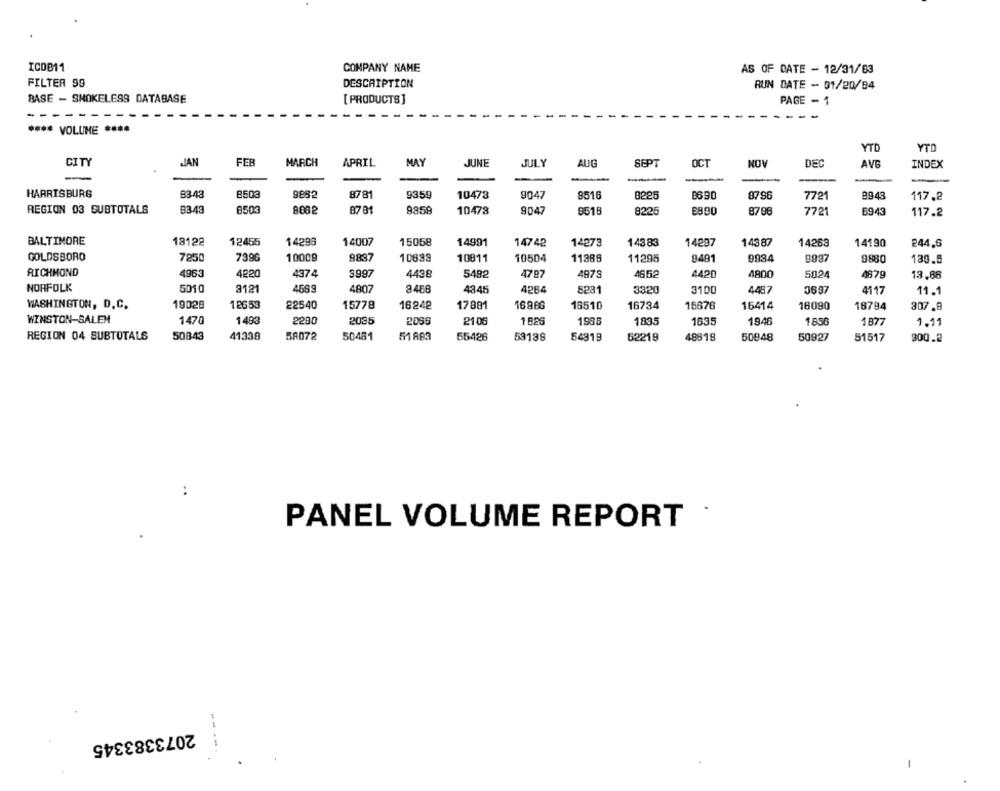
ICOB11
COMPANY NAME
AS OF DATE - 12/31/63
FILTER 99
DESCRIPTION
RUN DATE - 01/20/84
BASE - SMOKELESS DATABASE
[ PRODUCTS ]
PAGE - 1
-
**** VOLUME
YTO
YTD
CITY
JAN
FER
MARCH
APRIL
MAY
JUNE
JULY
AUG
SEPT
OCT
NOV
DEC
AVG
INDEX
HARRISBURG
83-43
8503
9882
8781
9359
10473
9047
9516
8225
B6 90
8796
7721
9943
117.2
REGION 03 SUBTOTALS
83.43
8503
8701
9859
10478
9047
8518
8225
8800
8796
7721
8943
117.2
BALTIMORE
18122
12455
14298
14007
15058
14991
14742
14273
14383
14297
14387
14268
14190
244.6
GOLDSBORO
7250
7396
10009
9837
10639
10811
10504
11386
11295
9491
9984
9880
139.5
RICHMOND
4963
4220
4374
3.997
4438
5492
4787
4978
4652
4420
4800
5024
4879
13.88
NORFOLK
5010
3121
4569
4807
4345
4284
5231
3320
3100
4467
0697
4117
11.1
WASHINGTON, D. C.
19029
18653
22540
15778
16242
17881
16966
16510
16734
15676
16414
18090
18794
307.9
WINSTON-SALEM
1470
1493
2290
2035
2055
21 06
1 826
1938
1835
1635
1946
1856
1877
1.11
REGION 04 SUBTOTALS
50843
41338
5A072
50461
51 883
55426
59199
54819
52219
48819
50948
50927
51517
300.2
:
.
PANEL VOLUME REPORT
2073383345
--.
-